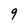
Character: 9